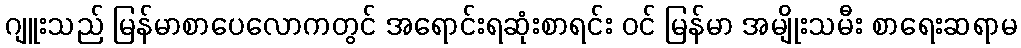
ဂျူးသည် မြန်မာစာပေလောကတွင် အရောင်းရဆုံးစာရင်း ဝင် မြန်မာ အမျိုးသမီး စာရေးဆရာမ